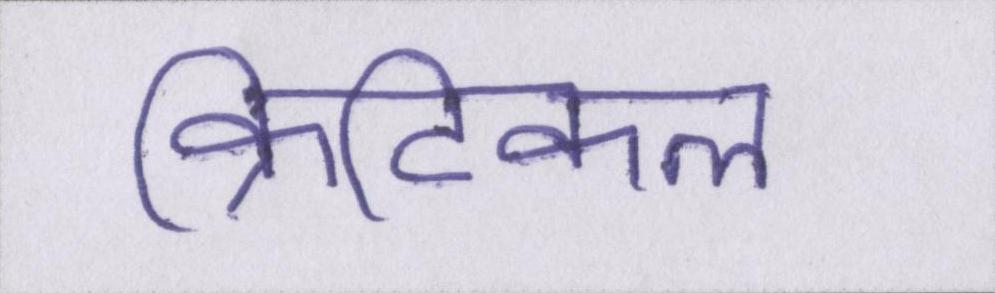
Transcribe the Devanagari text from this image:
क्रिटिकल